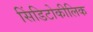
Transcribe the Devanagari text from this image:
सिंडिटोकीलिक